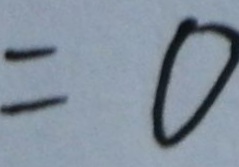
= 0